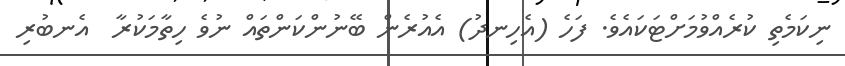
ނިކަމެތި ކުރެއްވުމަށްޓަކައެވެ. ފަހެ (އެހިނދު) އެއުރެން ބޭނުންކަންތައް ނުވެ ހިތާމަކުރާ  އެނބުރި